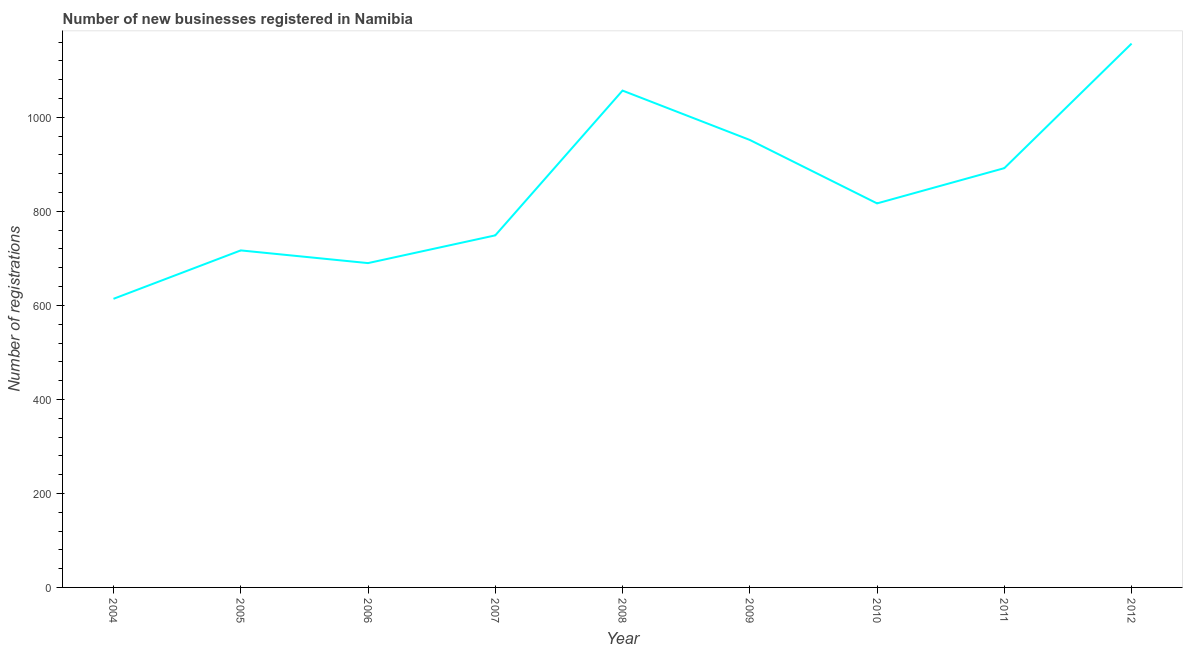
| Year | New businesses |
 | --- | --- |
 | 2004 | 614 |
 | 2005 | 717 |
 | 2006 | 690 |
 | 2007 | 749 |
 | 2008 | 1.06e+03 |
 | 2009 | 952 |
 | 2010 | 817 |
 | 2011 | 892 |
 | 2012 | 1.16e+03 |